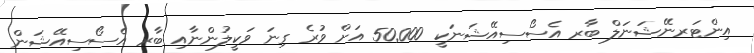
އިންޓަރނޭޝަނަލް ބާރ އެސޯސިއޭޝަނަކީ 50